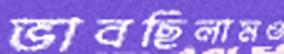
ভাবছিলামও